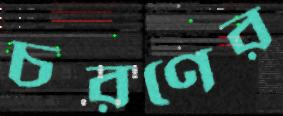
চরণের